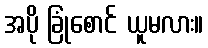
အပို ခြုံစောင် ယူမလား။